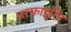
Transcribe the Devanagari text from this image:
परफाइरिन